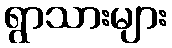
ရွာသားများ